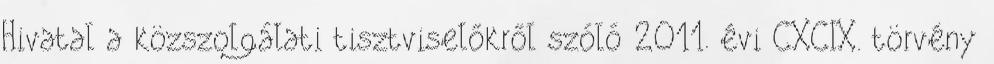
Hivatal a közszolgálati tisztviselőkről szóló 2011. évi CXCIX. törvény